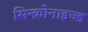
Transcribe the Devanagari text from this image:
सिन्क्रोनाइज्ड